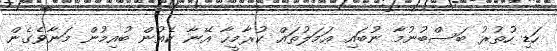
ހަޑި ހުތުރު ބަސްބުނުމާ ނުބައި ޢަމަލުތައް ކުރާމީހާ އޭނާ ކެއުން ބުއިމުން މަނާވެގެން